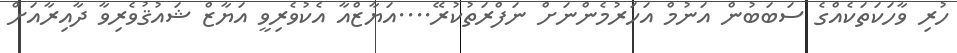
ހުރި ވާހަކަތަކެއްގެ ސަބަބުން އަނުމް އަހަރުމެންނަށް ނަފްރަތުކުރޭ....އަޔާޒްއާ އެކުވެރިވީ އަޔާޒް ޝައުޤުވެރިވާ ދާއިރާއަށް